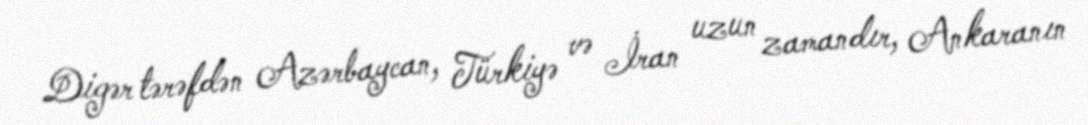
Digər tərəfdən Azərbaycan, Türkiyə və İran uzun zamandır, Ankaranın